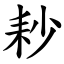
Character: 耖